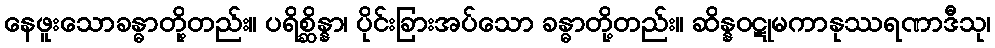
နေဖူးသောခန္ဓာတို့တည်း။ ပရိစ္ဆိန္နာ၊ ပိုင်းခြားအပ်သော ခန္ဓာတို့တည်း။ ဆိန္နဝဋုမကာနုဿရဏာဒီသု၊